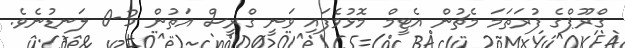
ގްރޫޕްގެ ފުރަތަމަ މެޗުން އެޓީމް މޮޅުވެފައި ވަނީ ގްރީސް އަތުން 3-0 ލަނޑުނެވެ.